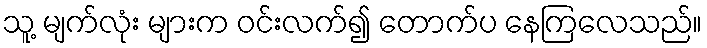
သူ့ မျက်လုံး များက ဝင်းလက်၍ တောက်ပ နေကြလေသည်။